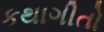
કથાગીતો